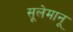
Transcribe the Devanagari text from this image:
सूलेमानू